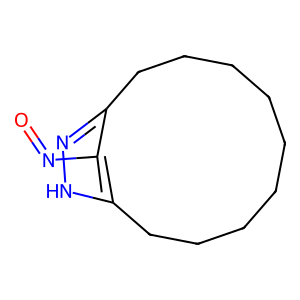
SMILES: O=Nc1c2n[nH]c1CCCCCCCCC2
Inhibits HIV replication: No